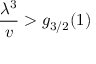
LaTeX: { \frac { \lambda ^ { 3 } } { v } } > g _ { 3 / 2 } ( 1 )